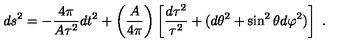
d s ^ { 2 } = - { \frac { 4 \pi } { A \tau ^ { 2 } } } d t ^ { 2 } + \left( { \frac { A } { 4 \pi } } \right) \left[ { \frac { d \tau ^ { 2 } } { \tau ^ { 2 } } } + ( d \theta ^ { 2 } + \sin ^ { 2 } \theta d \varphi ^ { 2 } ) \right] \ .